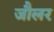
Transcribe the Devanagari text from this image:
जौलर